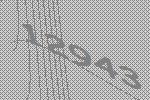
12943